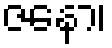
ဇနော၊